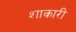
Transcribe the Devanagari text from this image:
शाकारी